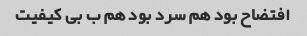
افتضاح بود هم سرد بود هم ب بی کیفیت